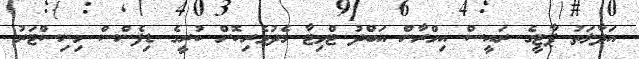
އަދާލަތު ޕާޓީގެ ރައީސް އިމްރާން އަބްދު ޓްވިޓާ މެދުވެރިކޮށް ކުރީގެ ޑިފެންސް މިނިސްޓަރު